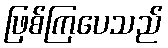
ဖြစ်ကြပေသည်